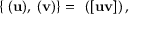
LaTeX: { } \{ { \bf \Pi } ( { \bf u } ) , { \bf \Pi } ( { \bf v } ) \} = { \bf \Pi } \left( [ { \bf u } { \bf v } ] \right) ,